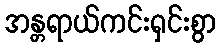
အန္တရာယ်ကင်းရှင်းစွာ